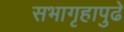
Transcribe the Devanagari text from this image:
सभागृहापुढे